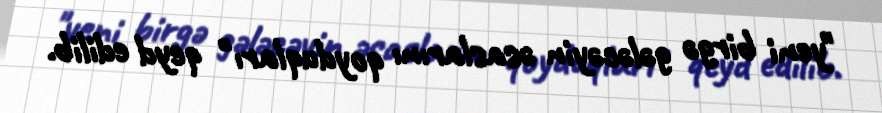
"yeni birgə gələcəyin əsaslarını qoyduqları" qeyd edilib.